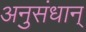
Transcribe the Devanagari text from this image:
अनुसंधान्